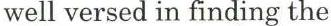
well versed in finding the